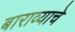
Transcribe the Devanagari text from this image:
बाराव्याचे